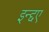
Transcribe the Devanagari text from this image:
इन्द्दए